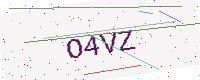
Text: O4VZ